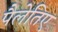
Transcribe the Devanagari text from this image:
पैलेतिए